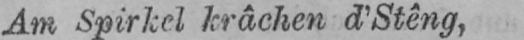
Am Spirkel krâchen d’Stêng,